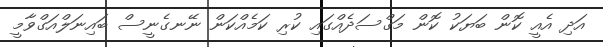
އަދި އެއީ ކޮން ބަޔަކު ކޮން މަގްސަދެއްގައި ކުރި ކަމެއްކަން ނޭނގެނީސް ބައިނަލްއަގްވާމީ